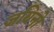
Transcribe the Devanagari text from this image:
जयिनो